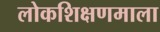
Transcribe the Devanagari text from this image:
लोकशिक्षणमाला